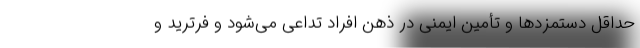
حداقل دستمزدها و تأمین ایمنی در ذهن افراد تداعی می‌شود و فرترید و